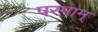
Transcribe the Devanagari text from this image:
परमाम्